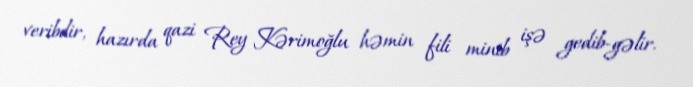
veribdir, hazırda qazi Rey Kərimoğlu həmin fili minib işə gedib-gəlir.